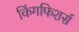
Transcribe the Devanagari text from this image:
किंगफिशर्स